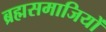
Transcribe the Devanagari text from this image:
ब्रह्मसमाजियों